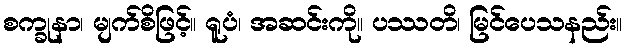
စက္ခုနာ၊ မျက်စိဖြင့်။ ရူပံ၊ အဆင်းကို။ ပဿတိ၊ မြင်ပေသနည်း။